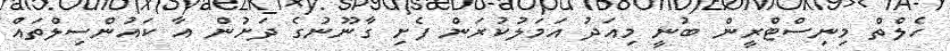
ހެލްތް މިނިސްޓްރީން ބުނީ މިއަދު އަމަލުކުރަން ފެށި ގާނޫނުގެ ދަށުން އާ ކައުންސިލްތައް